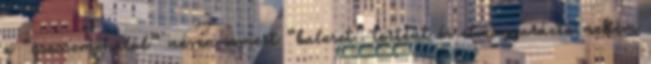
a “csecsemõhalál” néven ismert “baleset” történt és elmagyarázta nekem